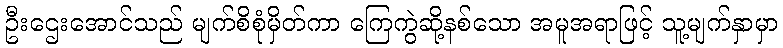
ဦးဌေးအောင်သည် မျက်စိစုံမှိတ်ကာ ကြေကွဲဆို့နစ်သော အမူအရာဖြင့် သူ့မျက်နှာမှာ